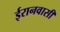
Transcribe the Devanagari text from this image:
ईरानवासी